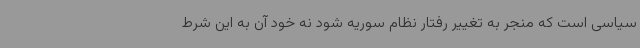
سیاسی است که منجر به تغییر رفتار نظام سوریه شود نه خود آن به این شرط